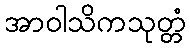
အာဝါသိကသုတ္တံ